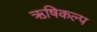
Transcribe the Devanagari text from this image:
ऋषिकल्प